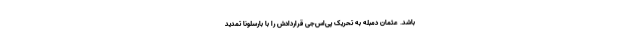
باشد. عثمان دمبله به تحریک پی‌اس‌جی قراردادش را با بارسلونا تمدید